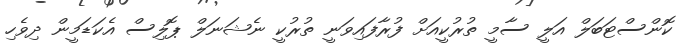
ކޮންސްޓަބަލް އަލީ ސާމީ ތުރުކީއަށް ފުރާފައިވަނީ ތުރުކީ ނެޝަނަލް ޕޮލިސް އެކަޑަމީން ދިވެހި